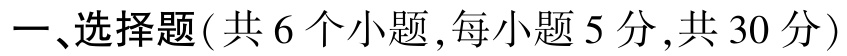
一、选择题(共 6 个小题,每小题 5 分,共 30 分)